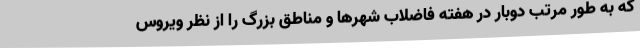
که به طور مرتب دوبار در هفته فاضلاب شهرها و مناطق بزرگ را از نظر ویروس